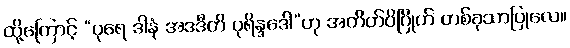
ထို့ကြောင့် “ပုရေ ဒါနံ အဒဒီတိ ပုရိန္ဒဒေါ”ဟု အတိတ်ဝိဂြိုဟ် တစ်ခုသာပြုလေ။